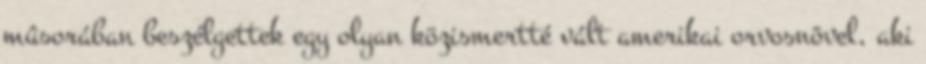
mûsorában beszélgettek egy olyan közismertté vált amerikai orvosnõvel, aki